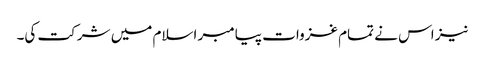
نیز اس نے تمام غزوات پیامبر اسلام میں شرکت کی۔